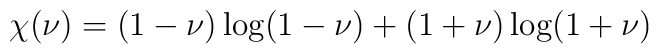
\chi(\nu) = (1-\nu) \log({1-\nu}) +(1+\nu) \log({1+\nu})